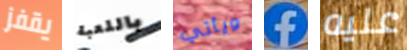
يقفز باللعبة ويأتي f عليه